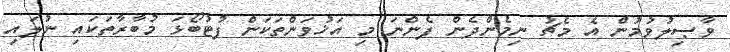
ވާޞިލުވުމުން އެ މެޗު ނިމެންދެން ފެންނަ މި އަޚުވަންތަކަން ފުޓުބޯޅަ މުބާރާތަކައި ނުލައި